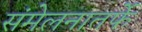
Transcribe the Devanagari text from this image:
संमेलनातर्फे